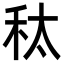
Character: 𮂲